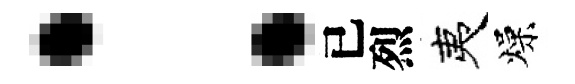
：已烈夷燥